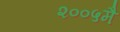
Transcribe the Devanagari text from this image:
२००५मै